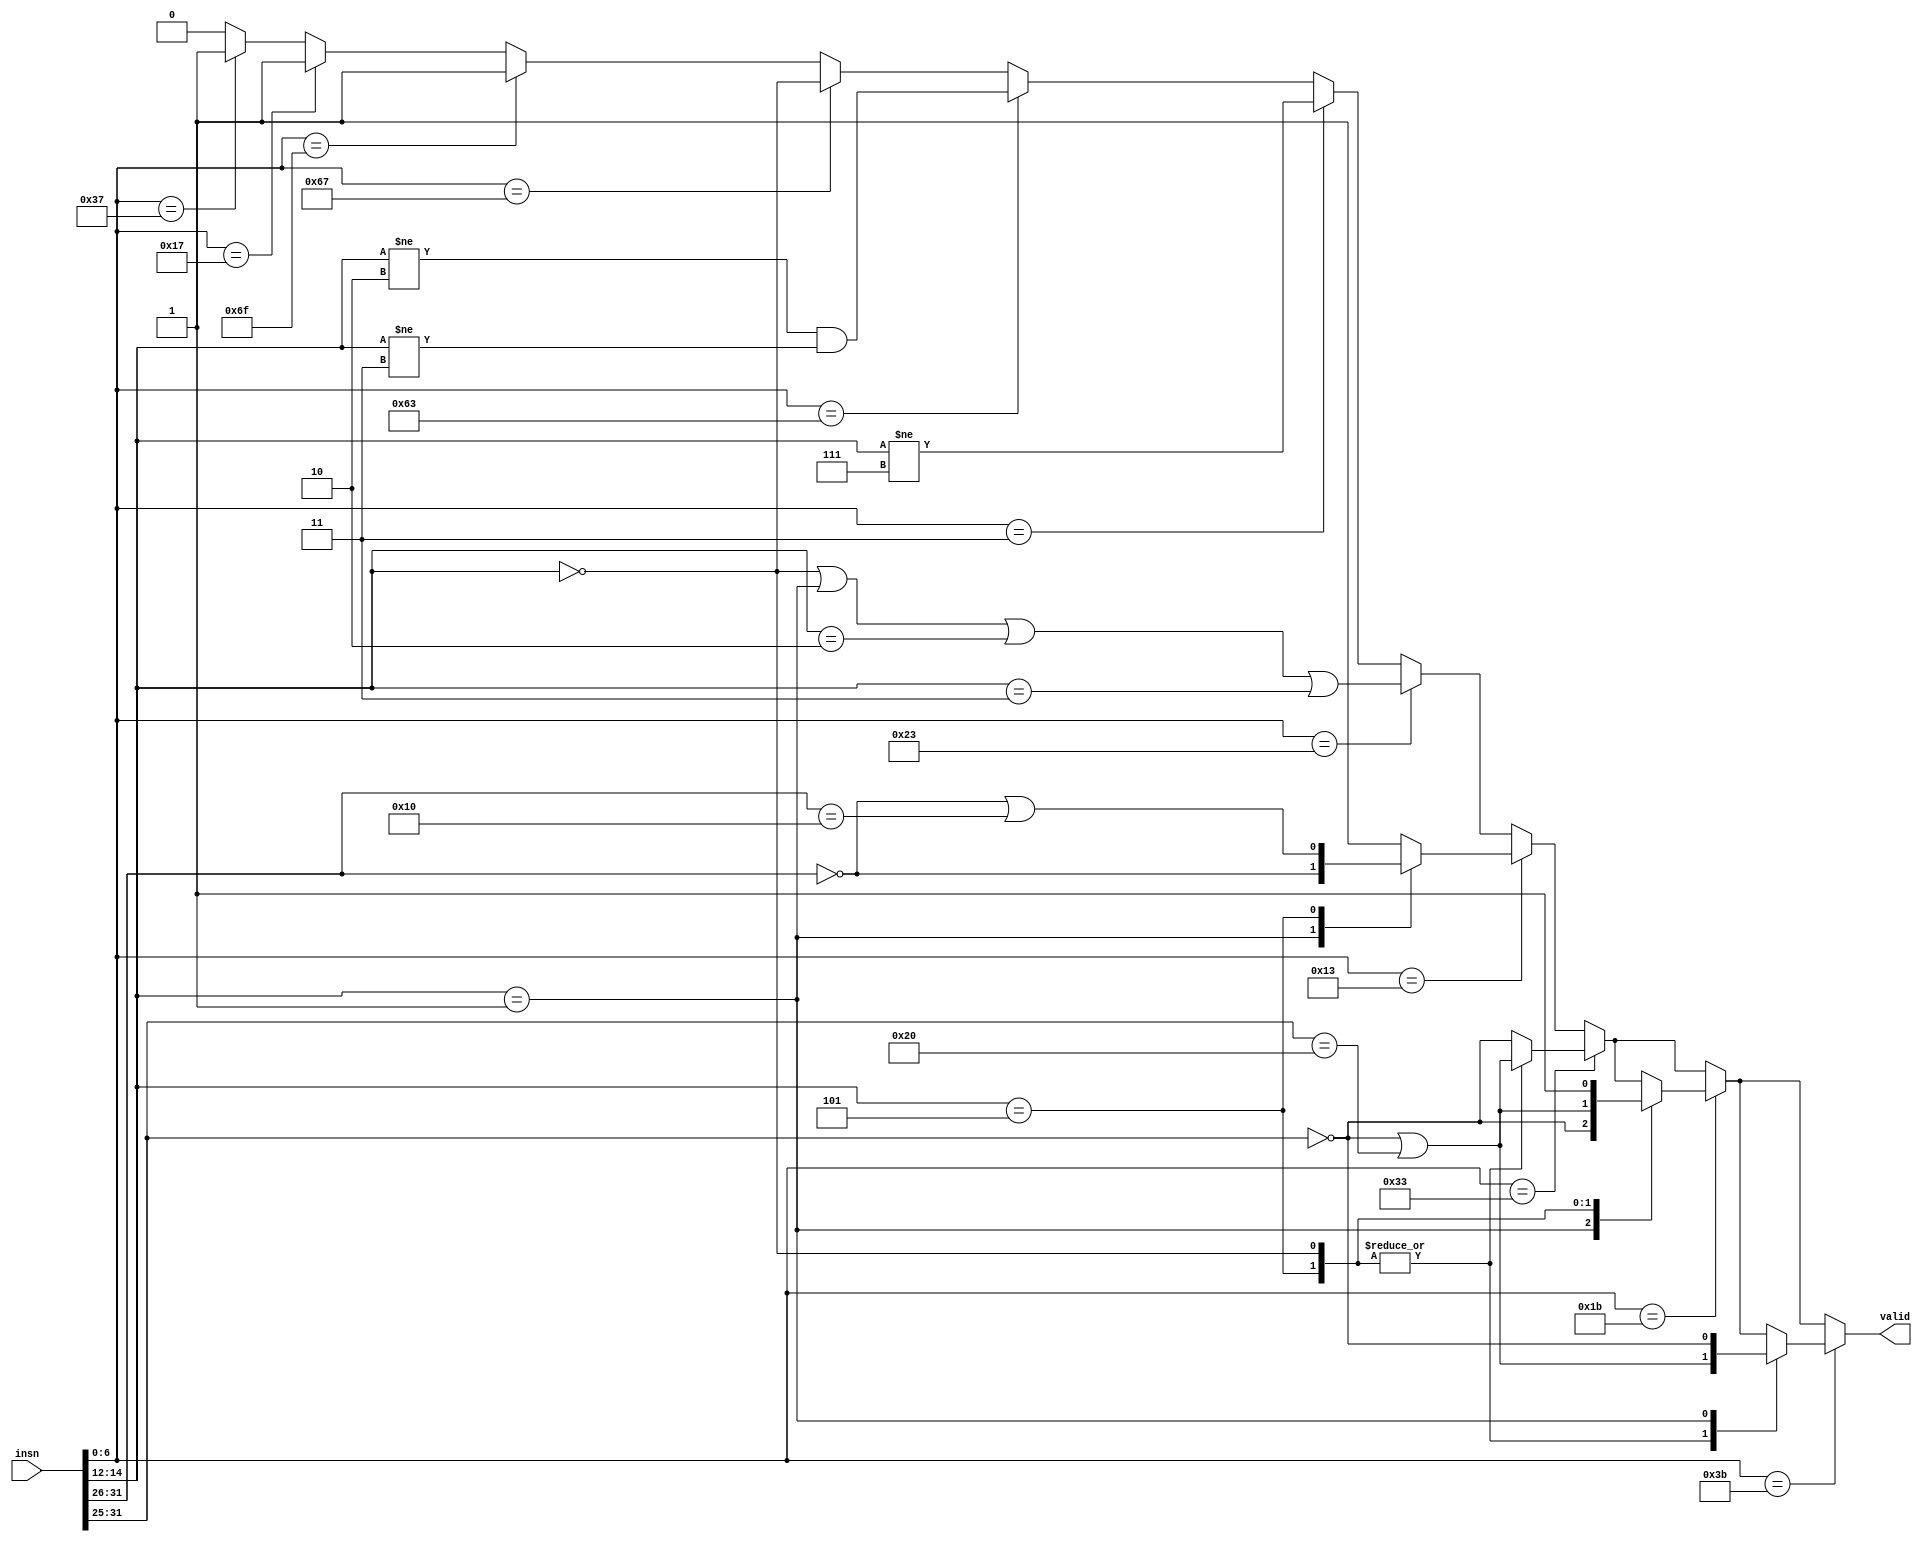
// Check if a given instruction is an RV64I instruction (without SYSTEM opcode)
//
module riscv_rv64i_insn (
	input [31:0] insn,
	output reg valid
);
	always @* begin
		valid = 0;

		if (insn[6:0] == 7'b 01_101_11) valid = 1; // LUI
		if (insn[6:0] == 7'b 00_101_11) valid = 1; // AUIPC
		if (insn[6:0] == 7'b 11_011_11) valid = 1; // JAL

		if (insn[6:0] == 7'b 11_001_11) begin // JALR
			valid = insn[14:12] == 3'b 000;
		end

		if (insn[6:0] == 7'b 11_000_11) begin // BRANCH
			valid = (insn[14:12] != 3'b 010) && (insn[14:12] != 3'b 011);
		end

		if (insn[6:0] == 7'b 00_000_11) begin // LOAD
			valid = (insn[14:12] != 3'b 111);
		end

		if (insn[6:0] == 7'b 01_000_11) begin // STORE
			valid = (insn[14:12] == 3'b 000) || (insn[14:12] == 3'b 001) || (insn[14:12] == 3'b 010) || (insn[14:12] == 3'b 011);
		end

		if (insn[6:0] == 7'b 00_100_11) begin // OP-IMM
			case (insn[14:12])
				3'b 001: begin // SLLI
					valid = insn[31:26] == 6'b 000000;
				end
				3'b 101: begin // SRLI SRAI
					valid = (insn[31:26] == 6'b 000000) || (insn[31:26] == 6'b 010000);
				end
				default: begin
					valid = 1;
				end
			endcase
		end

		if (insn[6:0] == 7'b 01_100_11) begin // OP
			case (insn[14:12])
				3'b 000, 3'b 101: begin // ADD SUB SRL SRA
					valid = (insn[31:25] == 7'b 0000000) || (insn[31:25] == 7'b 0100000);
				end
				default: begin
					valid = insn[31:25] == 7'b 0000000;
				end
			endcase
		end

		if (insn[6:0] == 7'b 00_110_11) begin // OP-IMM-32
			case (insn[14:12])
				3'b 001: begin // SLLIW
					valid = insn[31:25] == 7'b 0000000;
				end
				3'b 101: begin // SRLIW SRAIW
					valid = (insn[31:25] == 7'b 0000000) || (insn[31:25] == 7'b 0100000);
				end
				3'b 000: begin // ADDIW
					valid = 1;
				end
			endcase
		end

		if (insn[6:0] == 7'b 01_110_11) begin // OP-32
			case (insn[14:12])
				3'b 000, 3'b 101: begin // ADDW SUBW SRLW SRAW
					valid = (insn[31:25] == 7'b 0000000) || (insn[31:25] == 7'b 0100000);
				end
				3'b 001: begin // SLLW
					valid = insn[31:25] == 7'b 0000000;
				end
			endcase
		end
	end
endmodule